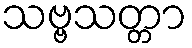
သဗ္ဗသတ္တာ